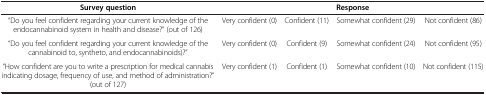
<table><thead><tr><td><b>Survey question</b></td><td colspan="4"><b>Response</b></td></tr></thead><tbody><tr><td>“Do you feel confident regarding your current knowledge of the endocannabinoid system in health and disease?” (out of 126)</td><td>Very confident (0)</td><td>Confident (11)</td><td>Somewhat confident (29)</td><td>Not confident (86)</td></tr><tr><td>“Do you feel confident regarding your current knowledge of the cannabinoid to, syntheto, and endocannabinoids)?”</td><td>Very confident (0)</td><td>Confident (9)</td><td>Somewhat confident (24)</td><td>Not confident (95)</td></tr><tr><td>“How confident are you to write a prescription for medical cannabis indicating dosage, frequency of use, and method of administration?” (out of 127)</td><td>Very confident (1)</td><td>Confident (1)</td><td>Somewhat confident (10)</td><td>Not confident (115)</td></tr></tbody></table>